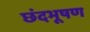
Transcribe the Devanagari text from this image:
छंदभूषण